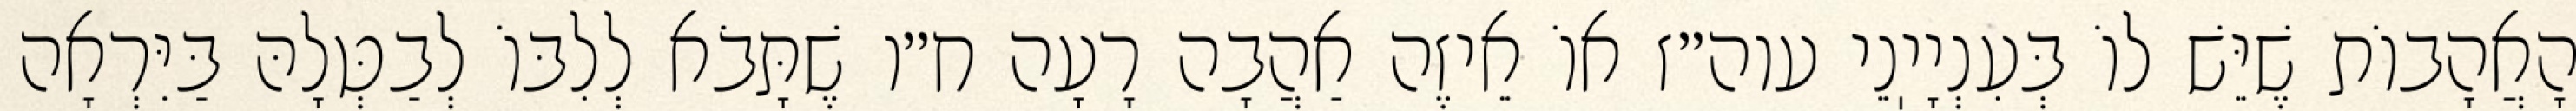
הָאֲהָבוֹת שֶׁיֵּשׁ לוֹ בְּעִנְיָיֽנֵי עוה״ז אוֹ אֵיזֶה אַהֲבָה רָעָה ח״ו שֶׁתָּבֹא לְלִבּוֹ לְבַטְּלָהּ בַּיִּרְאָה